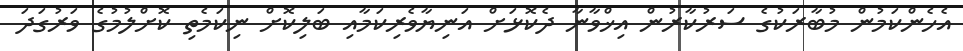
އެހެންކަމުން މުބާރަކުގެ ސަރުކާރުން އިޚްވާނާ ދެކޮޅަށް އަނިޔާވެރިކަމާއި ބަލިކޮށް ނިކަމެތި ކޮށްލުމުގެ ވަރުގަދަ